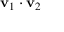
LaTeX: \mathbf { v } _ { 1 } \cdot \mathbf { v } _ { 2 }